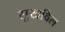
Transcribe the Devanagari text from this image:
सुखविल